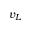
v _ { L }